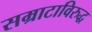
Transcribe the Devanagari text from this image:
सम्राटाविरुद्ध